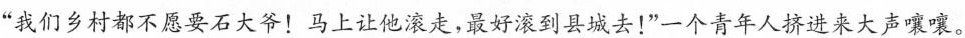
”我们乡村都不愿要石大爷！马上让他滚走，最好滚到县城去！”一个青年人挤进来大声嚷嚷。